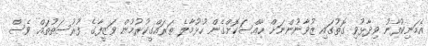
އެމަނިކުފާނު ވިދާޅުވި ގޮތުގައި ޒުވާނުންނަށް ހާއްސަކޮށްގެން ހުޅުމާލެ ތަރައްގީކުރުމުން ވަޒީފާގެ ފުރުސަތުތައް ވެސް